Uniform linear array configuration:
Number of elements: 16
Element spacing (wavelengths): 0.25
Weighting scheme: hamming
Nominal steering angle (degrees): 15
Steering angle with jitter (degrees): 16.788
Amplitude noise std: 0.05
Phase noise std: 0.05

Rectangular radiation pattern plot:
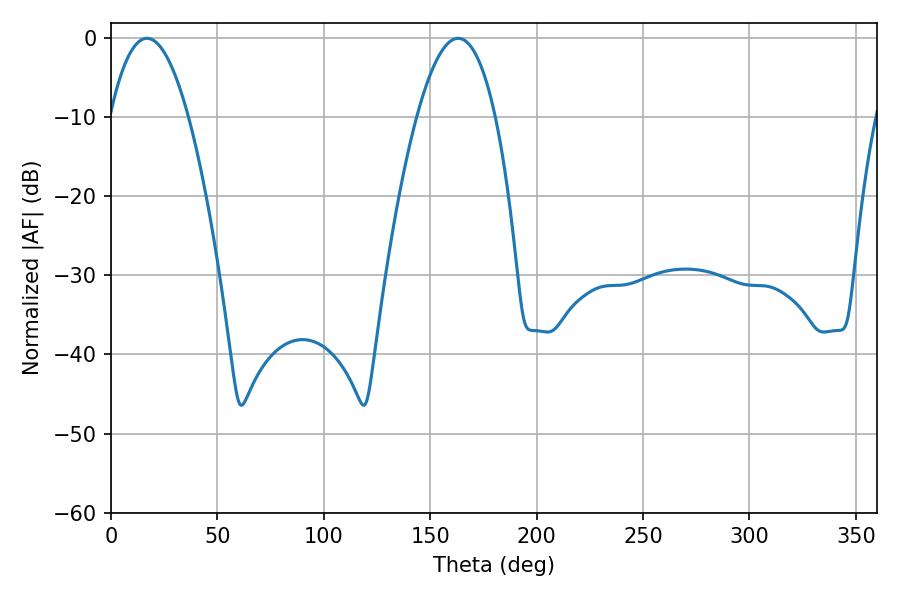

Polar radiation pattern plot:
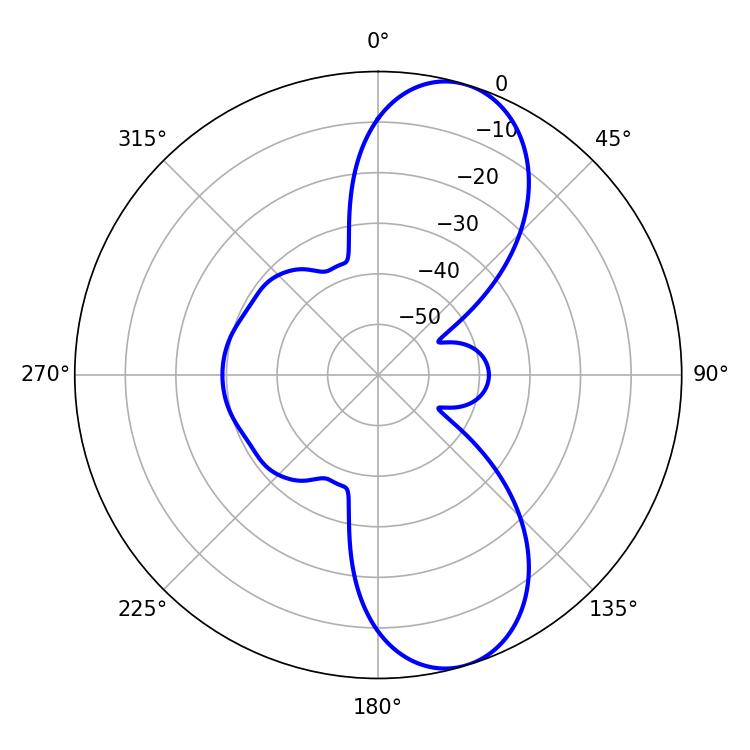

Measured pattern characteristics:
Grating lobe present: FALSE
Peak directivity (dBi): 9.49
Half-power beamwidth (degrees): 20.34
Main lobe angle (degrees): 16.92